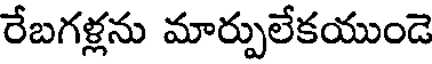
రేబగళ్లను మార్పులేకయుండె